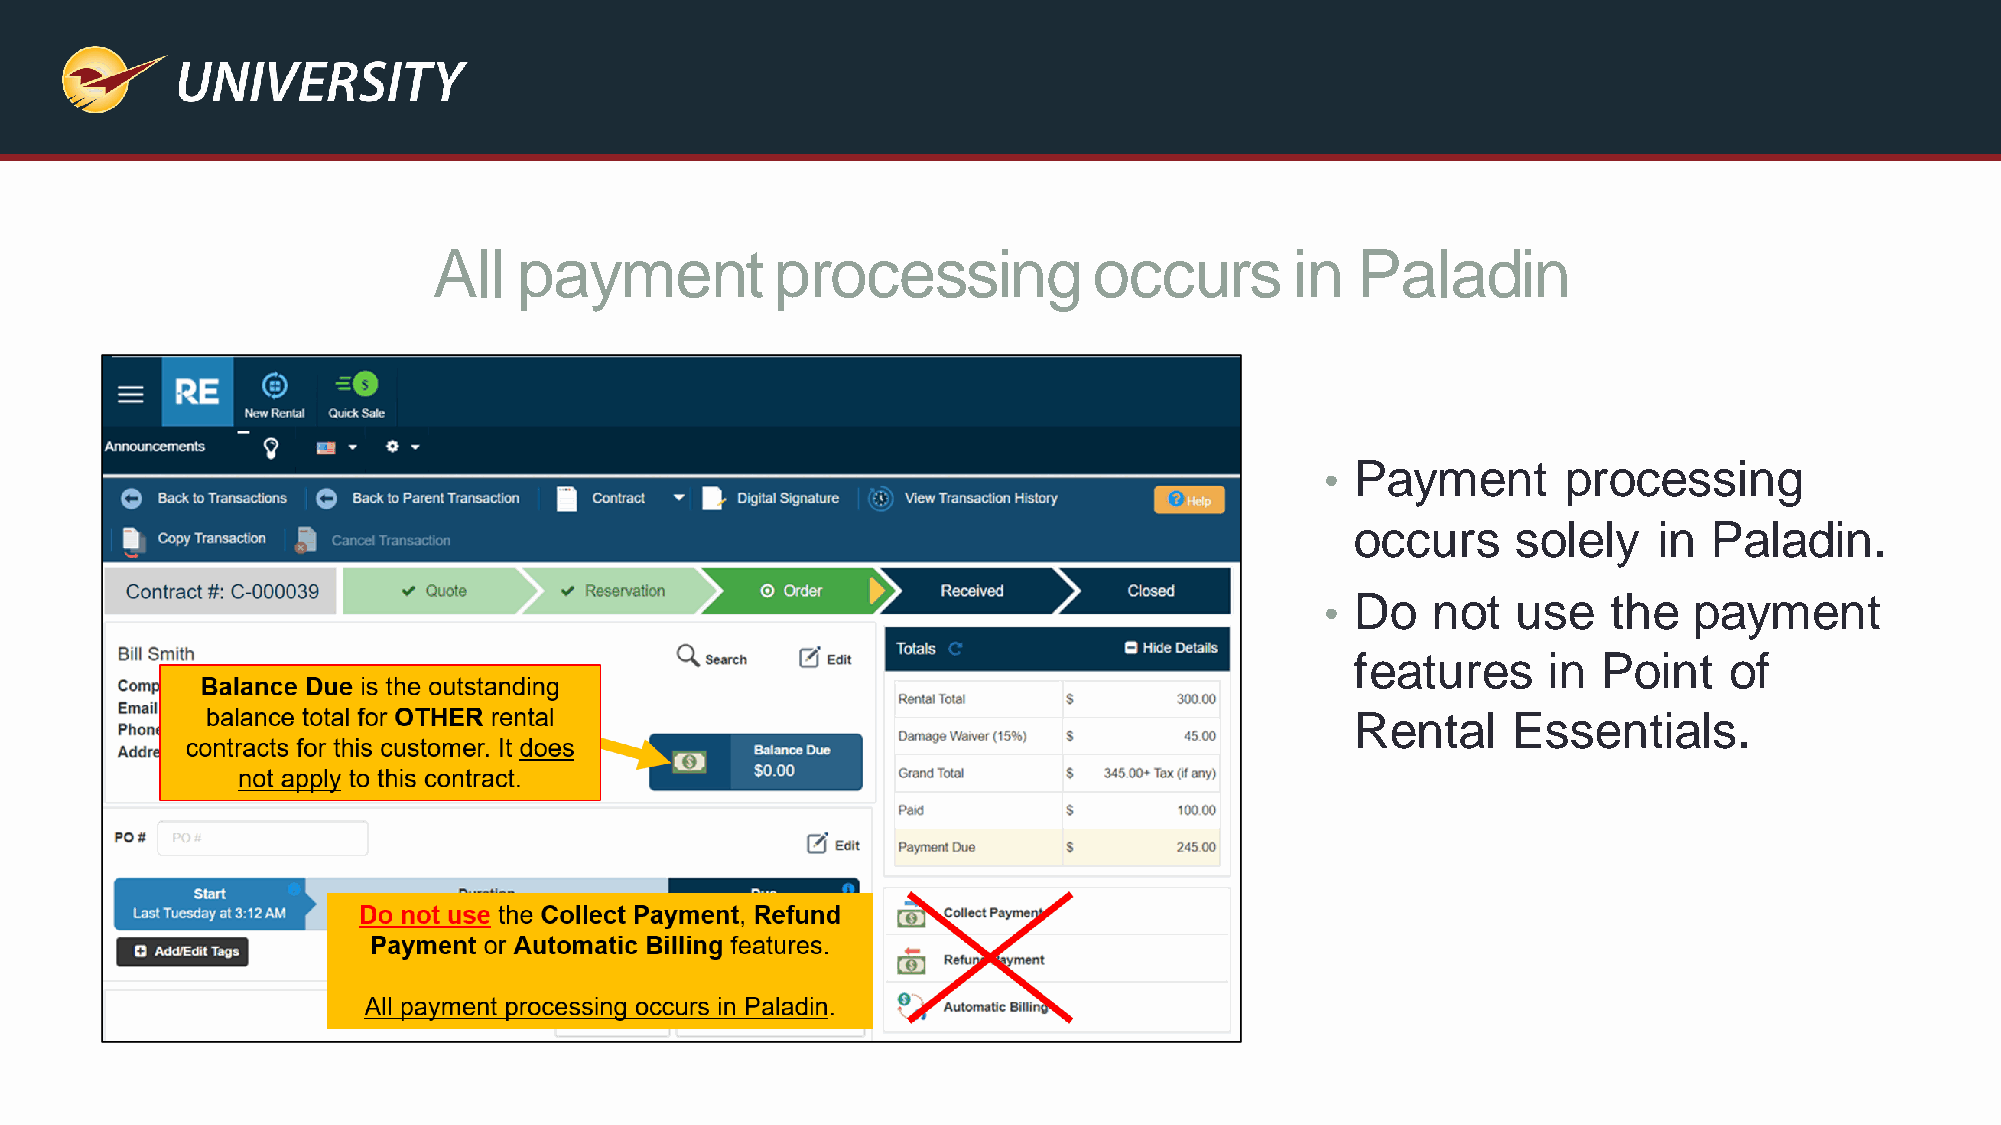
All  payment          processing           occurs        in  Paladin
 • Payment       processing
 occurs    solely    in Paladin.
 • Do   not  use    the  payment
 features    in  Point   of
 Rental    Essentials.